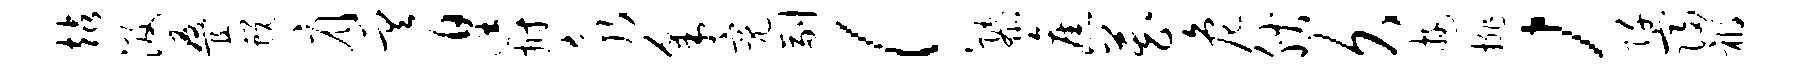
站汲叠蜕肩差遑拊永采亮副！隳旧藏危腴久游排，阡寝祸